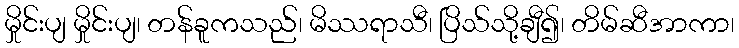
မှိုင်းပျ မှိုင်းပျ၊ တန်ခူကသည်၊ မိဿရာသီ၊ ပြိသ်သို့ချီ၍၊ တိမ်ဆီအာကာ၊